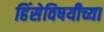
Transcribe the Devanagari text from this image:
हिंसेविषयीच्या